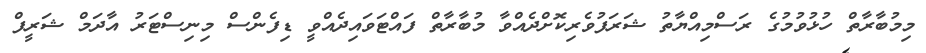
މިމުބާރާތް ހުޅުވުމުގެ ރަސްމިއްޔާތު ޝަރަފުވެރިކޮށްދެއްވާ މުބާރާތް ފައްޓަވައިދެއްވީ ޑިފެންސް މިނިސްޓަރު އާދަމް ޝަރީފް